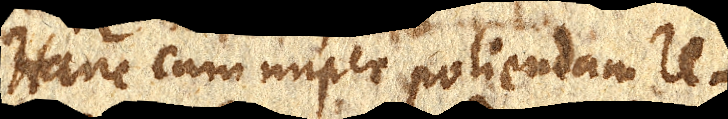
Hanc cum nuper poliendam re–